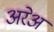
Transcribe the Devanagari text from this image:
अरेअ